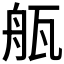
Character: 𤭂